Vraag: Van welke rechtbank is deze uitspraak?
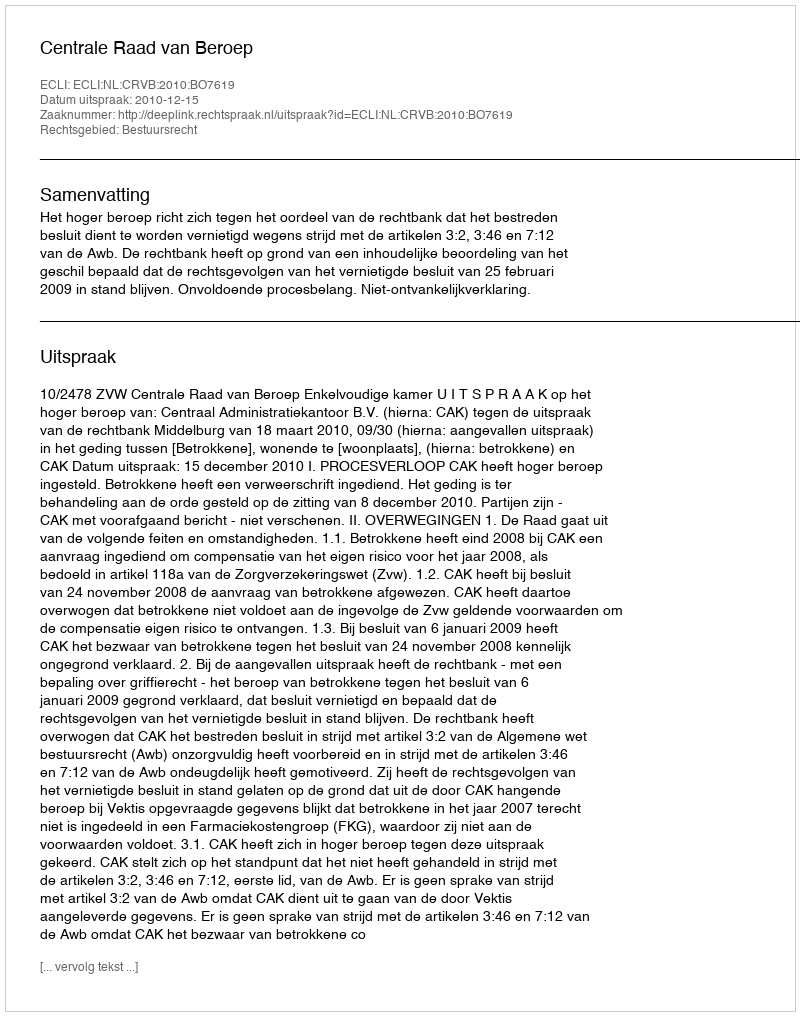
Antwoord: Centrale Raad van Beroep